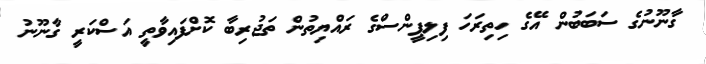
ގާނޫނުގެ ސަބަބުން އޭގެ ހިތިރަހަ ފިލިޕީންސްގެ ރައްޔިތުން ތަޖުރިބާ ކޮށްފައިވާތީ އަސްކަރީ ގާނޫނު